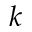
k